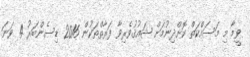
ވީމާ މި މަސައްކަތް ކޮށްދިނުމަށް ޝައުޤުވެރިވާ ފަރާތްތަކުން 2016 ޑިސެންބަރު 4 ވަނަ